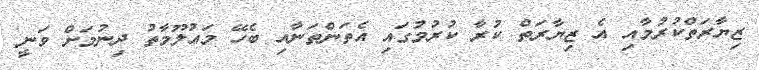
ޒިޔާރަތްކުރުމާއި އެ ޒިޔާރަތް ކުރާ ކުރުމުގައި އެތަންތަނާއި ބެހޭ މަޢުލޫމާތު ދިނުމަށް ވަނީ